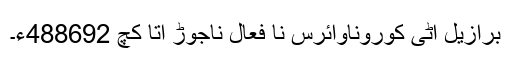
برازیل اٹی کوروناوائرس نا فعال ناجوڑ آتا کچ 488692ءِ۔